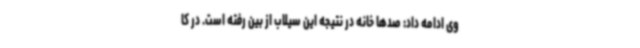
وی ادامه داد: صدها خانه در نتیجه این سیلاب از بین رفته است. در کا